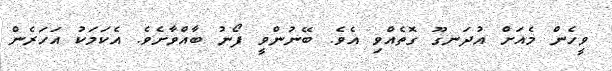
ވީހެން މެއަށް އުދަނގޫ ގޮތެއްވި އެވެ. ބޭނުންވީ ފޯނު ބާއްވާށެވެ. އެކަމަކު އަހަރެން